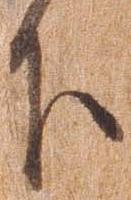
下